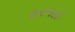
હરજાઈ